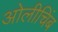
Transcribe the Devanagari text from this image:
ओलीचिंब